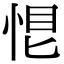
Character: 𢚉